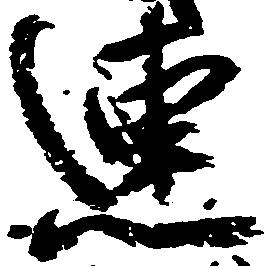
連